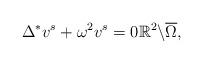
LaTeX: \begin{align*} \Delta^{\ast} v^{s} + \omega^{2} v^{s} = 0 \mathbb{R}^2 \backslash \overline{\Omega}, \end{align*}